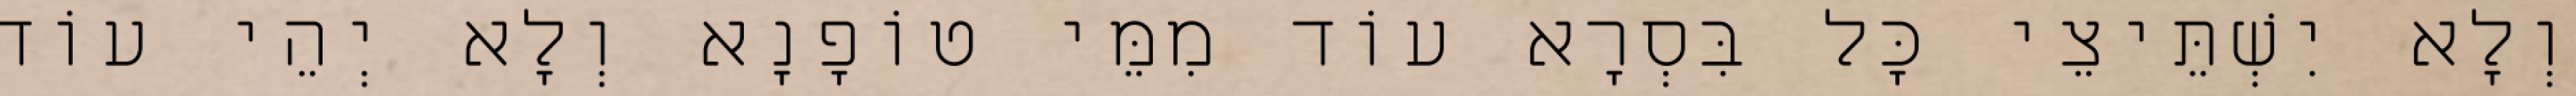
וְלָא יִשְׁתֵּיצֵי כָּל בִּסְרָא עוֹד מִמֵּי טוֹפָנָא וְלָא יְהֵי עוֹד